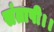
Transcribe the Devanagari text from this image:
संतापी।।